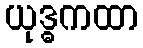
ယုဒ္ဓကထာ